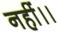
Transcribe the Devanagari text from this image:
नहीं।।